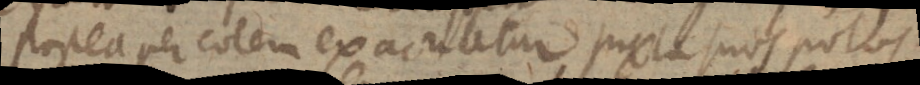
postea per cotem exacuatur juxta suos polos